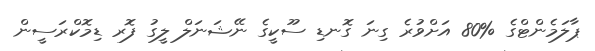
ޕާލަމެންޓްގެ %80 އަށްވުރެ ގިނަ ގޮނޑި ސޫކީގެ ނޭޝަނަލް ލީގު ފޮރ ޑިމޮކްރަސީން